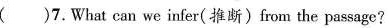
( )7.What can we infer( 推断)from the passage?